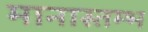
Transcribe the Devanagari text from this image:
मानास्तम्भ